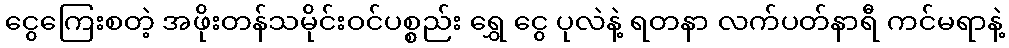
ငွေကြေးစတဲ့ အဖိုးတန်သမိုင်းဝင်ပစ္စည်း ရွှေ ငွေ ပုလဲနဲ့ ရတနာ လက်ပတ်နာရီ ကင်မရာနဲ့